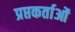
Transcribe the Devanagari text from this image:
प्रप्तकर्ताओं